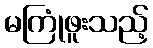
မကြုံဖူးသည့်